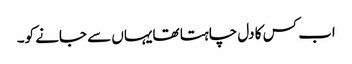
اب کس کا دل چاہتا تھایہاں سے جانے کو۔